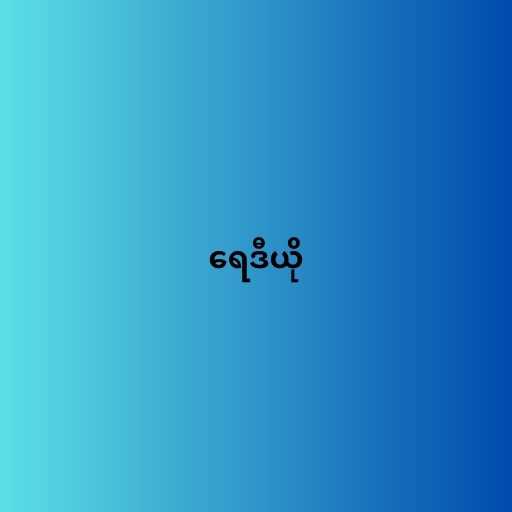
ရေဒီယို